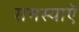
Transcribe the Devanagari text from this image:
समस्याऍ